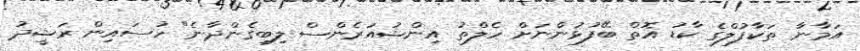
އަމާނާ ތަކާފުލްގެ ކާޑު އޮތް ބޭފުޅުންނަށް ހެލްތު އިންޝުއަރެންސް ލިބިގެންދާނެ" ހުސައިން ރަޝީދު